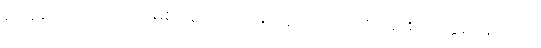
ဈာန်လေးဆင့် (ပထမဈာန်၊ ဒုတိယဈာန်၊ တတိယဈာန်၊ စတုတ္ထဈာန်) လို့ပဲ